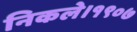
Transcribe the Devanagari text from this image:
निकले।१९०७